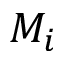
M _ { i }